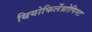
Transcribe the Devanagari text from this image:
थियोफिलेंथ्रोपिस्ट